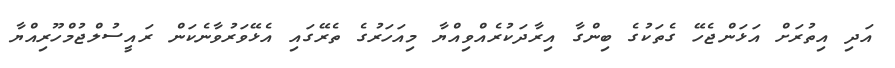
އަދި އިތުރަށް އަޅަންޖެހޭ ގެތަކުގެ ބިންގާ އިރާދަކުރެއްވިއްޔާ މިއަހަރުގެ ތެރޭގައި އެޅޭވަރުވާނެކަން ރައީސުލްޖުމްހޫރިއްޔާ